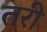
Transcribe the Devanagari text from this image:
तरी